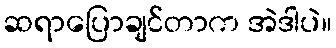
ဆရာပြောချင်တာက အဲဒါပဲ။